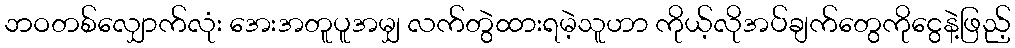
ဘဝတစ်လျှောက်လုံး အေးအတူပူအမျှ လက်တွဲထားရမဲ့သူဟာ ကိုယ့်လိုအပ်ချက်တွေကိုငွေနဲ့ဖြည့်